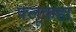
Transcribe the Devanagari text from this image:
फ्लूकहा